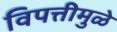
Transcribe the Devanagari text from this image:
विपत्तीमुळे